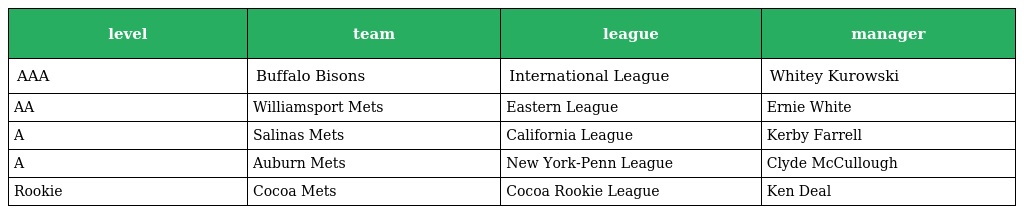
| level | team | league | manager |
 | --- | --- | --- | --- |
 | AAA | Buffalo Bisons | International League | Whitey Kurowski |
 | AA | Williamsport Mets | Eastern League | Ernie White |
 | A | Salinas Mets | California League | Kerby Farrell |
 | A | Auburn Mets | New York-Penn League | Clyde McCullough |
 | Rookie | Cocoa Mets | Cocoa Rookie League | Ken Deal |